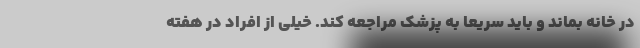
در خانه بماند و باید سریعا به پزشک مراجعه کند. خیلی از افراد در هفته